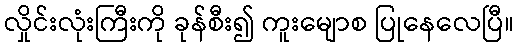
လှိုင်းလုံးကြီးကို ခုန်စီး၍ ကူးမျောစ ပြုနေလေပြီ။